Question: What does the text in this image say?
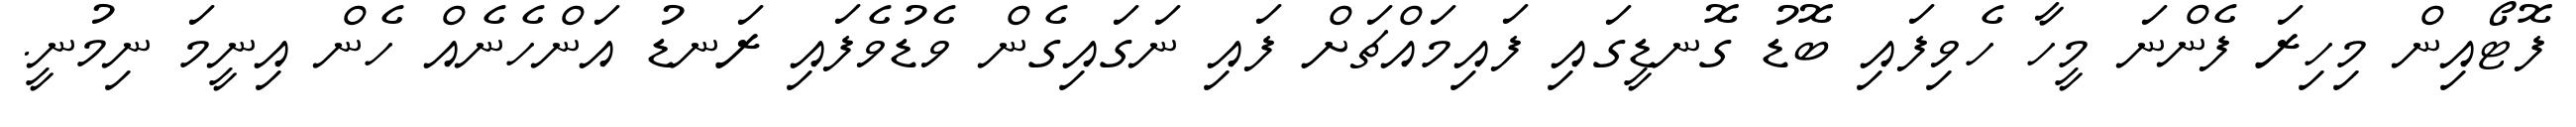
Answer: ފޮޓޯއިން މިހިރަ ފެންނަ މީހާ ހެވިފައި ބޮޑު ގޮނޑީގައި ފައިމައްޗަށް ފައި ނަގައިގެން ވެޑުވެފައި ރަނޑު އަންހެނެއް ހެން އިނީމަ ނިމުނީ.